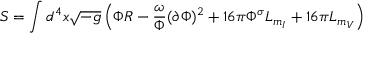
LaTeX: S = \int d ^ { 4 } x \sqrt { - g } \left( \Phi R - \frac { \omega } { \Phi } ( \partial \Phi ) ^ { 2 } + 1 6 \pi \Phi ^ { \sigma } { \cal L } _ { m _ { I } } + 1 6 \pi { \cal L } _ { m _ { V } } \right)